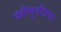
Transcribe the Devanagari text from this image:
कौमुदीप्रभा